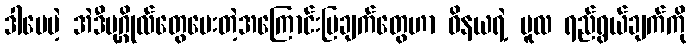
ဒါပေမဲ့ အဲဒီပုဂ္ဂိုလ်တွေပေးတဲ့အကြောင်းပြချက်တွေဟာ ဝိနယရဲ့ မူလ ရည်ရွယ်ချက်ကို